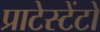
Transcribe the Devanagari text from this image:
प्राटेस्टेंटों